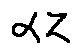
\alpha z